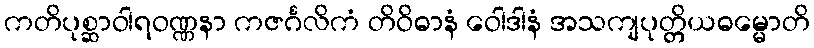
ကတိပုစ္ဆာဝါရဝဏ္ဏနာ ကဇင်္ဂလိကံ တိဝိဓာနံ ဝေါဒါနံ အသကျပုတ္တိယဓမ္မောတိ